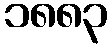
၁၈၈၃